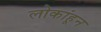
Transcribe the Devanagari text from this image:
लोकांहून